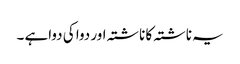
یہ ناشتہ کا ناشتہ اور دوا کی دواہے ۔